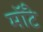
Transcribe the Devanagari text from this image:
मॉँटे